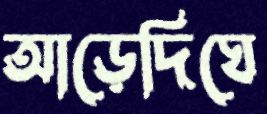
আড়েদিঘে